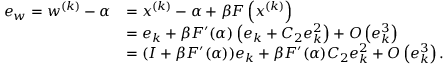
\begin{array} { r l } { e _ { w } = w ^ { ( k ) } - \alpha } & { = x ^ { ( k ) } - \alpha + \beta F \left( x ^ { ( k ) } \right) } \\ & { = e _ { k } + \beta F ^ { \prime } ( \alpha ) \left( e _ { k } + C _ { 2 } e _ { k } ^ { 2 } \right) + O \left( e _ { k } ^ { 3 } \right) } \\ & { = ( I + \beta F ^ { \prime } ( \alpha ) ) e _ { k } + \beta F ^ { \prime } ( \alpha ) C _ { 2 } e _ { k } ^ { 2 } + O \left( e _ { k } ^ { 3 } \right) . } \end{array}